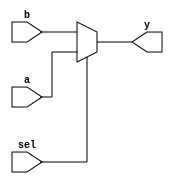
`timescale 1ns / 1ps
module mux 
	#(parameter BITS = 32)(
	output	wire	[BITS-1:0]	y,		// Output of Multiplexer
	input	wire	[BITS-1:0]	a,		// Input 1 of Multiplexer
								b,		// Input 0 of Multiplexer
	input	wire				sel	// Select Input
   );
   
   assign	y = sel ? a : b;
	
endmodule // mux